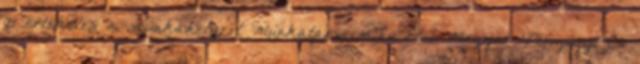
0 értékelés a munkahelyről Munkatársaim.hu Első Magyar Pénzügyi És